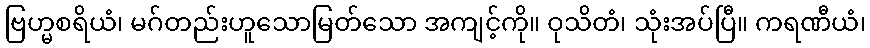
ဗြဟ္မစရိယံ၊ မဂ်တည်းဟူသောမြတ်သော အကျင့်ကို။ ဝုသိတံ၊ သုံးအပ်ပြီ။ ကရဏီယံ၊